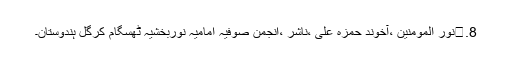
8.	نور المومنین ،آخوند حمزہ علی ،ناشر ،انجمن صوفیہ امامیہ نوربخشیہ ٹھسگام کرگل ہندوستان۔